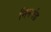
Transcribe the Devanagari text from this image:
निनगंड